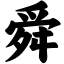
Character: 舜